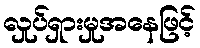
လှုပ်ရှားမှုအနေဖြင့်